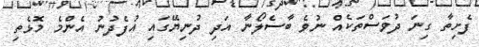
ފެށިތާ ގިނަ ދުވަސްތަކެއް ނުވެ ބާސެލޯނާ އަދި ދުނިޔޭގައި އުފެދުނު އެންމެ މޮޅެތި